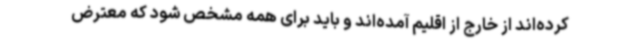
کرده‌اند از خارج از اقلیم آمده‌اند و باید برای همه مشخص شود که معترض